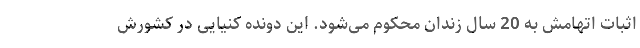
اثبات اتهامش به 20 سال زندان محکوم می‌‌شود. این دونده کنیایی در کشورش